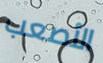
الأصعب